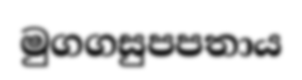
මුගගසුපපතාය